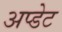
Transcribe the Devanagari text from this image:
अप्डेट